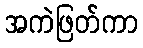
အကဲဖြတ်ကာ